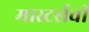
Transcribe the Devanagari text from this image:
मास्टर्सची